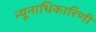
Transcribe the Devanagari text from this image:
न्यूनाधिकारिणी